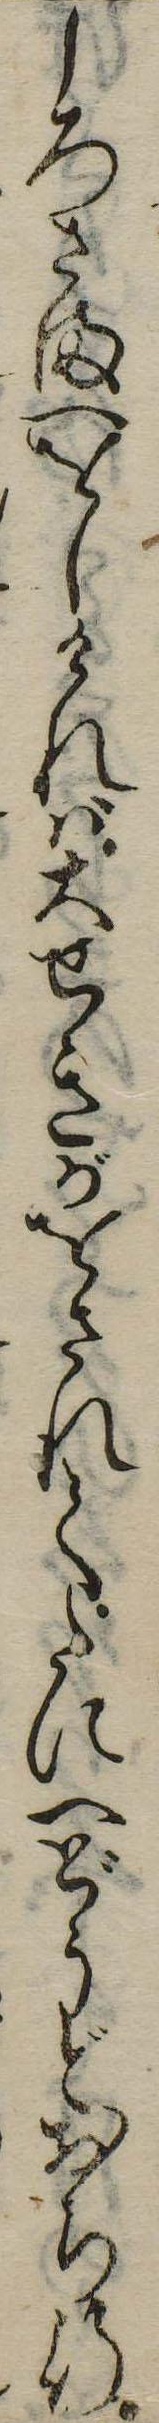
しろさまへをしければ大せきがをされてたにへどうどおち行